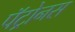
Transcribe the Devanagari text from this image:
पॅट्रोनस